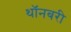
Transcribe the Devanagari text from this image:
थॉनबरी